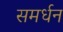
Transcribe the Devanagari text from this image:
समर्धन